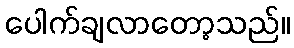
ပေါက်ချလာတော့သည်။